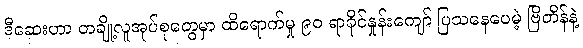
ဒီဆေးဟာ တချို့လူအုပ်စုတွေမှာ ထိရောက်မှု ၉၀ ရာခိုင်နှုန်းကျော် ပြသနေပေမဲ့ ဗြိတိန်နဲ့